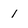
Character: 1